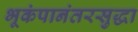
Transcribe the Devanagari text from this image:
भूकंपानंतरसुद्धा